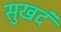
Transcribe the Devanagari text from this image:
सुखदं